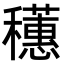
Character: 𬔄